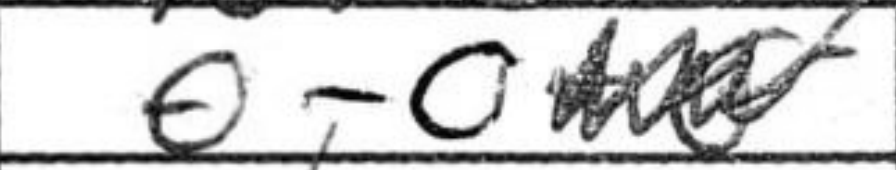
Transcription: O-O